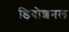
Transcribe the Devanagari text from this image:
डिवोशनल